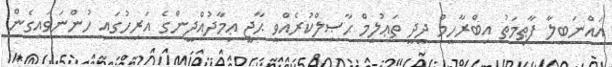
އައްނަބީލާ ފާޠިމަތު އިބްރާހީމް ދީދީ ތަޢުލީމް ޙާޞިލްކުރެއްވީ ޙާޖީ ޢިމާދުއްދީންގެ އަރިހުގައި ހުންނަވައިގެން